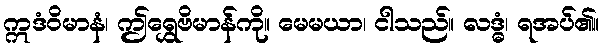
ဣဒံဝိမာနံ၊ ဤရွှေဗိမာန်ကို။ မေမယာ၊ ငါသည်။ လဒ္ဓံ၊ ရအပ်၏။